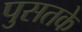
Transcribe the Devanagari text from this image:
पुसतके